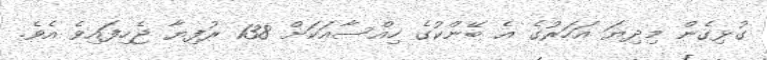
ގުޅިގެން މިދިޔަ އަހަރުގެ އެ ބޭންކުގެ ހިއްސާއަކަށް 138 ރުފިޔާ ޖެހިފައިވެ އެވެ.